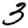
Digit: 3